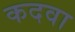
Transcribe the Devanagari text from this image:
कदवा